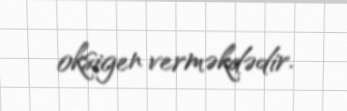
oksigen verməkdədir.